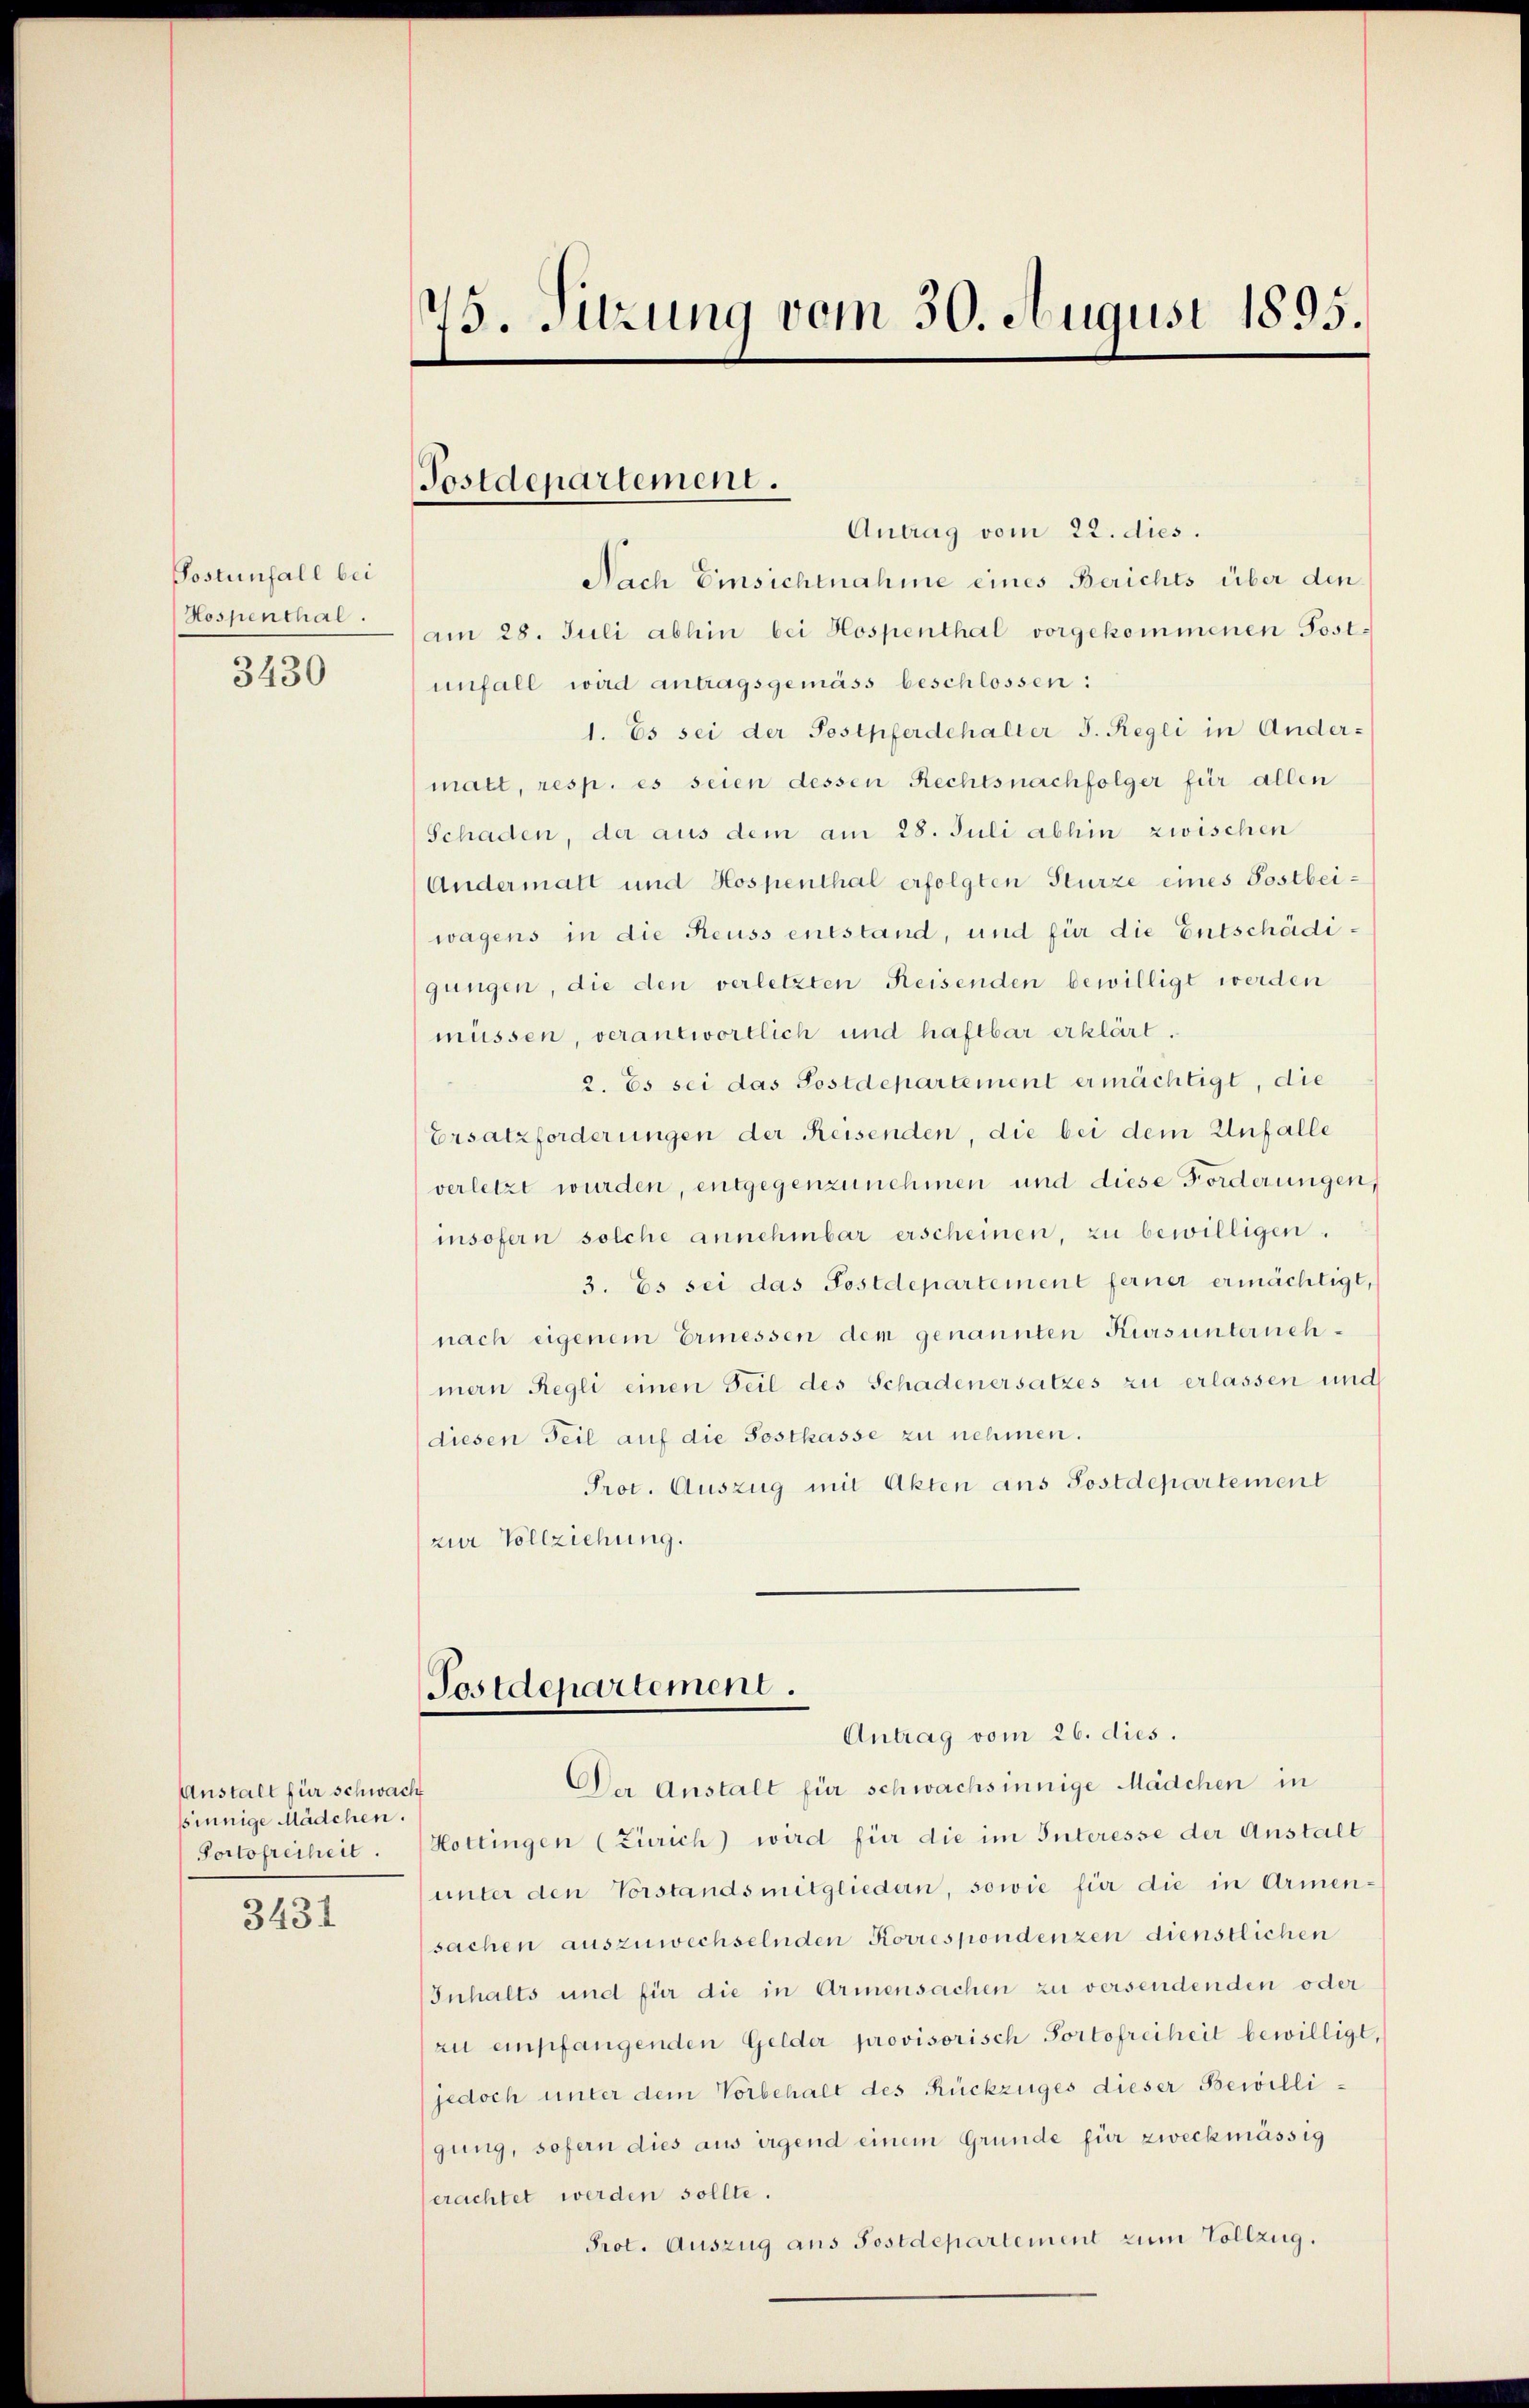
Postunfall bei
Hospenthal.

3430

Anstalt für schwach
sinnige Mädchen.
Portofrechen.

3431

73. Sitzung vom 30. August 1895.

Antrag vom 22. dies.
Nach Einsichtnahme eines Berichts über den
am 28. Juli abhin bei Hospenthal vorgekommenen Postunfall wird antragsgemäss beschlossen:
1. Es sei der Postpferdehalter J. Regli in Andermatt, resp. es seien dessen Rechtsnachfolger für allen
(Schaden, der aus dem am 28. Juli abhin zwischen
Andermatt und Hospenthal erfolgten Sturze eines Postbeiwagens in die Reuss entstand, und für die Entschädigungen, die den verletzten Reisenden bewilligt werden
müssen, verantwortlich und haftbar erklärt.
2. Es sei das Postdepartement ermächtigt, die
Ersatzforderungen der Reisenden, die bei dem Unfalle
verletzt wurden, entgegenzunehmen und diese Forderungen
insofern solche annehmbar erscheinen, zu bewilligen.
3. Es sei das Postdepartement ferner ermächtigt,
nach eigenem Ermessen dem genannten Kurs unternehmein Regli einen Teil des Schadenersatzes zu erlassen und
diesen Teil auf die Postkasse zu nehmen.
Prot. Auszug mit Akten ans Postdepartement
zur Vollziehung.

Postdepartement.

Postdepartement.
Antrag vom 26. dies.

Der Anstalt für schwachsinnige Mädchen in
Hottingen (Zürich) wird für die im Interesse der Anstalt
unter den Vorstandsmitgliedern, sowie für die in Armen-
sachen auszuwechselnden Korrespondenzen dienstlichen
Inhalts und für die in Armensachen zu versendenden oder
zu empfangenden Gelder provisorisch Portofreiheit bewilligt,
jedoch unter dem Vorbehalt des Rückzuges dieser Bewilligung, sofern dies aus irgend einem Grunde für zweckmässig
erachtet werden sollte.
Prot. Auszug aus Postdepartement zum Vollzug.